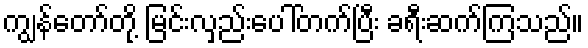
ကျွန်တော်တို့ မြင်းလှည်းပေါ်တက်ပြီး ခရီးဆက်ကြသည်။